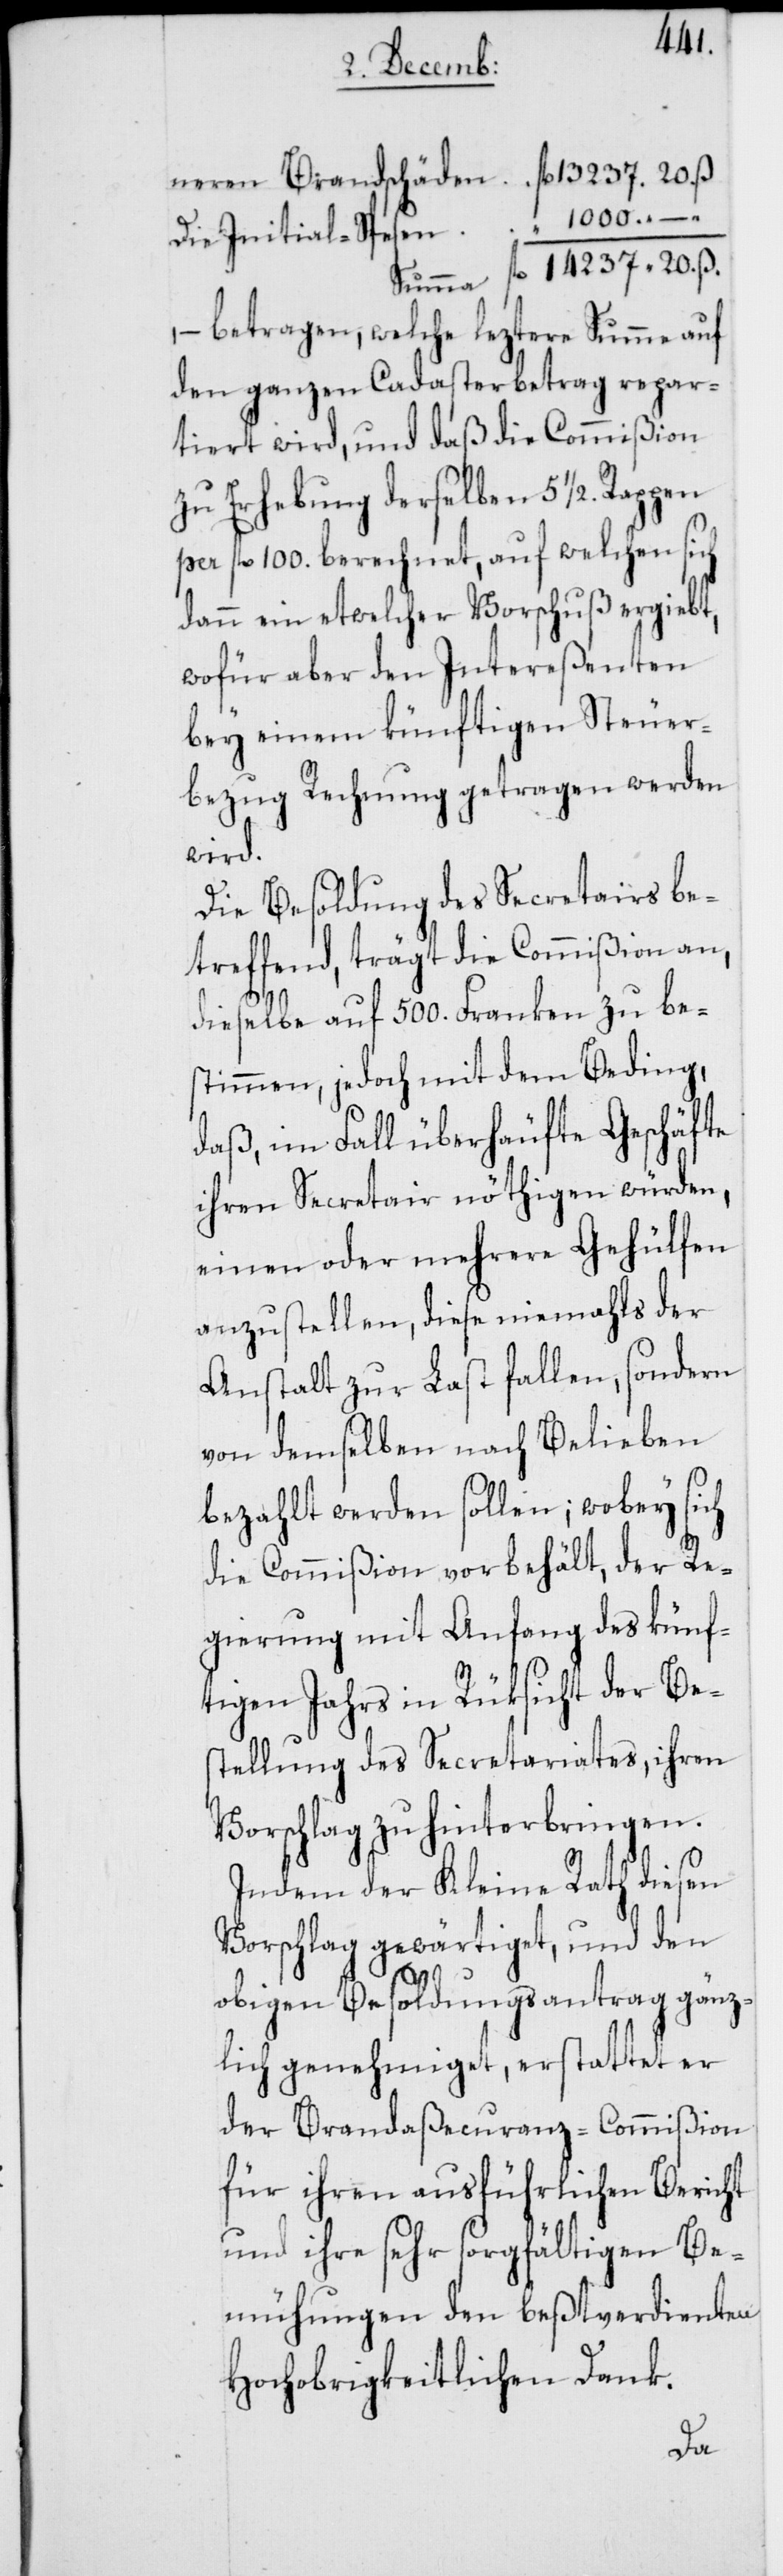
, – betragen, welche leztere Summe auf
den ganzen Cadasterbetrag repar¬
tiert wird, und daß die Commißion
zu Erhebung derselben 51/2. Rappen
per fl. 100. berechnet, auf welchen sich
dann ein etwelcher Vorschuß ergiebt,
wofür aber den Intereßenten
bey einem künftigen Steuer¬
bezug Rechnung getragen werden
wird.
Die Besoldung des Secretairs be¬
treffend, trägt die Commißion an,
dieselbe auf 500. Franken zu be¬
stimmen, jedoch mit dem Beding,
daß im Fall überhäufte Geschäfte
ihren Secretair nöthigen würden,
einen oder mehrere Gehülfen
anzustellen, diese niemahls der
Anstalt zur Last fallen, sondern
von demselben nach Belieben
bezahlt werden sollen; wobey sich
die Commißion vorbehält, der Re¬
gierung mit Anfang des künf¬
tigen Jahrs in Rüksicht der Be¬
stellung des Secretariates, ihren
Vorschlag zu hinterbringen.
Indem der Kleine Rath diesen
Vorschlag gewärtiget, und den
obigen Besoldungsantrag gänz¬
lich genehmiget, erstattet er
der Brandaßecuranz-Commißion
für ihren ausführlichen Bericht
und ihre sehr sorgfältigen Be¬
mühungen den beßtverdienten
Hochobrigkeitlichen Dank.
Die